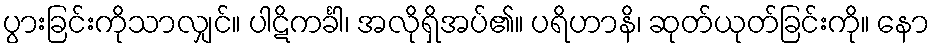
ပွားခြင်းကိုသာလျှင်။ ပါဋိကင်္ခါ၊ အလိုရှိအပ်၏။ ပရိဟာနိ၊ ဆုတ်ယုတ်ခြင်းကို။ နော